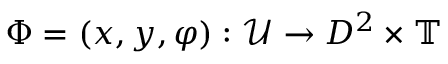
\Phi = ( x , y , \varphi ) : \mathcal { U } \to D ^ { 2 } \times \mathbb { T }